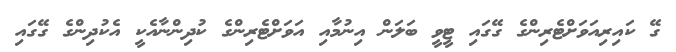
ގޭ ކައިރިއަވަށްޓެރިންގެ ގޭގައި ޓީވީ ބަލަން އިނުމާއި އަވަށްޓެރިންގެ ކުދިންނާއެކީ އެކުދިންގެ ގޭގައި